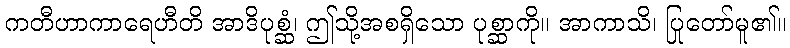
ကတီဟာကာရေဟီတိ အာဒိပုစ္ဆံ၊ ဤသို့အစရှိသော ပုစ္ဆာကို။ အာကာသိ၊ ပြုတော်မူ၏။